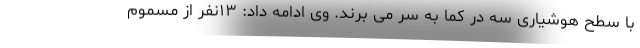
با سطح هوشیاری سه در کما به سر می برند. وی ادامه داد: ۱۳نفر از مسموم